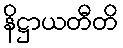
နိဋ္ဌာယတီတိ